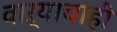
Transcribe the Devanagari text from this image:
वाऱ्याचाही